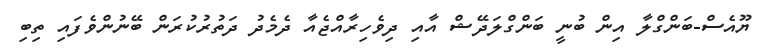
ޔޫއެސް-ބަންގްލާ އިން ބުނީ ބަންގްލަދޭޝް އާއި ދިވެހިރާއްޖެއާ ދެމެދު ދަތުރުކުރަން ބޭނުންވެފައި ތިިބި